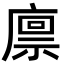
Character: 𢊬